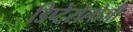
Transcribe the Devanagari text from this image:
डिप्टेरोलोजी